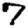
Digit: 7